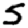
Digit: 5